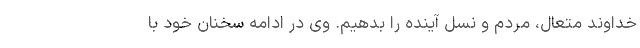
خداوند متعال، مردم و نسل آینده را بدهیم. وی در ادامه سخنان خود با